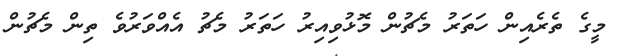
މީގެ ތެރެއިން ހަތަރު މެޗުން މޮޅުވިއިރު ހަތަރު މެޗު އެއްވަރުވެ ތިން މެޗުން